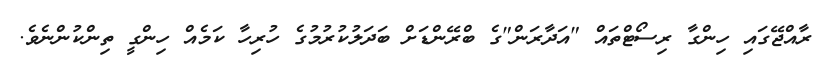
ރާއްޖޭގައި ހިންގާ ރިސޯޓްތައް "އަދާރަން"ގެ ބްރޭންޑަށް ބަދަލުކުރުމުގެ ހުރިހާ ކަމެއް ހިންގީ ތިންކުންނެވެ.